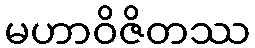
မဟာဝိဇိတဿ